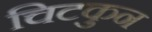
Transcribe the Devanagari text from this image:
चिटकुन